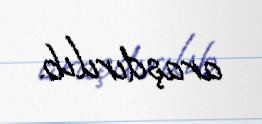
araşdırılıb.